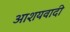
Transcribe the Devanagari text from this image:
आशयवादी